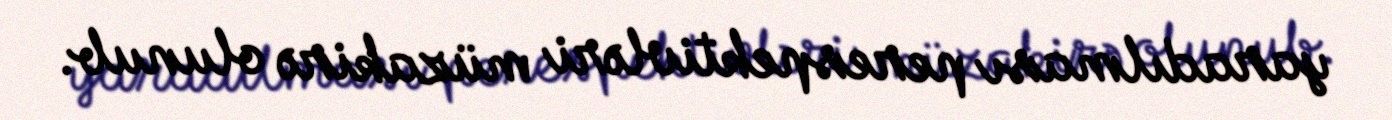
yaradılması perespektivləri müzakirə olunub.